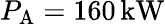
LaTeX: P_{\mathrm{A}}=160\, \mathrm{kW}